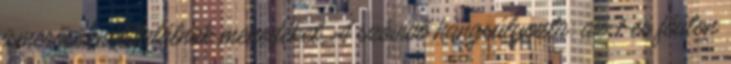
ismerősöknél találnak menedéket. A szóvivő hangsúlyozta: az 1-es főúton